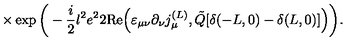
\times \exp \bigg ( - \frac { i } { 2 } l ^ { 2 } e ^ { 2 } 2 \mathrm { R e } \Big ( \varepsilon _ { \mu \nu } \partial _ { \nu } j _ { \mu } ^ { ( L ) } , \tilde { Q } [ \delta ( - L , 0 ) - \delta ( L , 0 ) ] \Big ) \bigg ) .